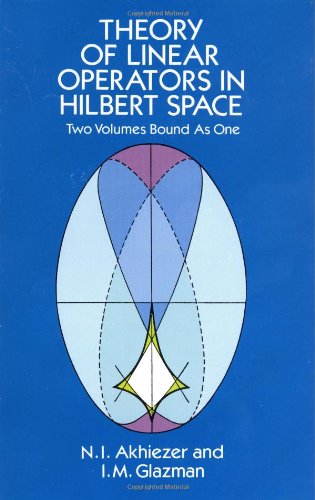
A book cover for Theory of Linear Operators in Hilbert Space (Dover Books on Mathematics); N. I. Akhiezer; Science & Math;